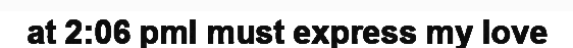
at 2:06 pmI must express my love